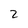
Character: 2